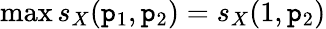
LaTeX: \operatorname*{max}s_{X}(\mathtt{p}_{1},\mathtt{p}_{2})=s_{X}(1,\mathtt{p}_{2})